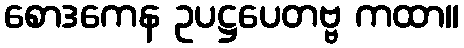
စောဒကေန ဥပဋ္ဌပေတဗ္ဗ ကထာ။